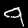
Digit: 9